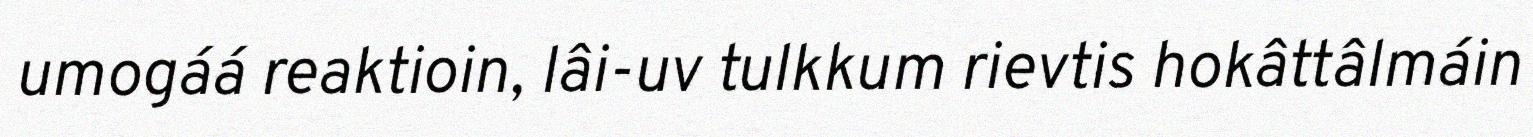
umogáá reaktioin, lâi-uv tulkkum rievtis hokâttâlmáin